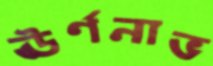
ঊর্ণনাভ